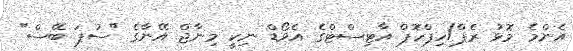
އެންމެ މޮޅު ރެޕް/ހިޕްހޮޕް އާޓިސްޓްގެ އެވޯޑް ނިކީ މިނާޖް އޭނާގެ "ސުޕަ ބޭސް"